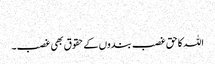
​
اللہ کا حق غصب بندوں کے حقوق بھی غصب۔